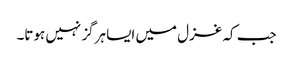
جب کہ غزل میں ایسا ہرگز نہیں ہوتا۔